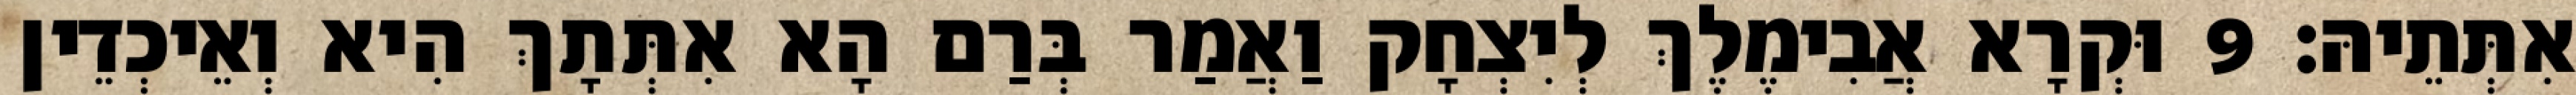
אִתְּתֵיהּ׃ 9 וּקְרָא אֲבִימֶלֶךְ לְיִצְחָק וַאֲמַר בְּרַם הָא אִתְּתָךְ הִיא וְאֵיכְדֵין